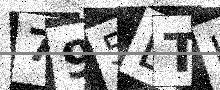
Text: 795DTH